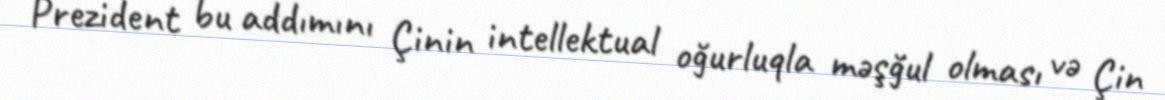
Prezident bu addımını Çinin intellektual oğurluqla məşğul olması və Çin